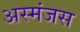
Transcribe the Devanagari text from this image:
अस्मंजस